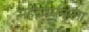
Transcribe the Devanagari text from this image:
महेंद्रवर्मनाला